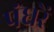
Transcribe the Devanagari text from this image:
पंधरें